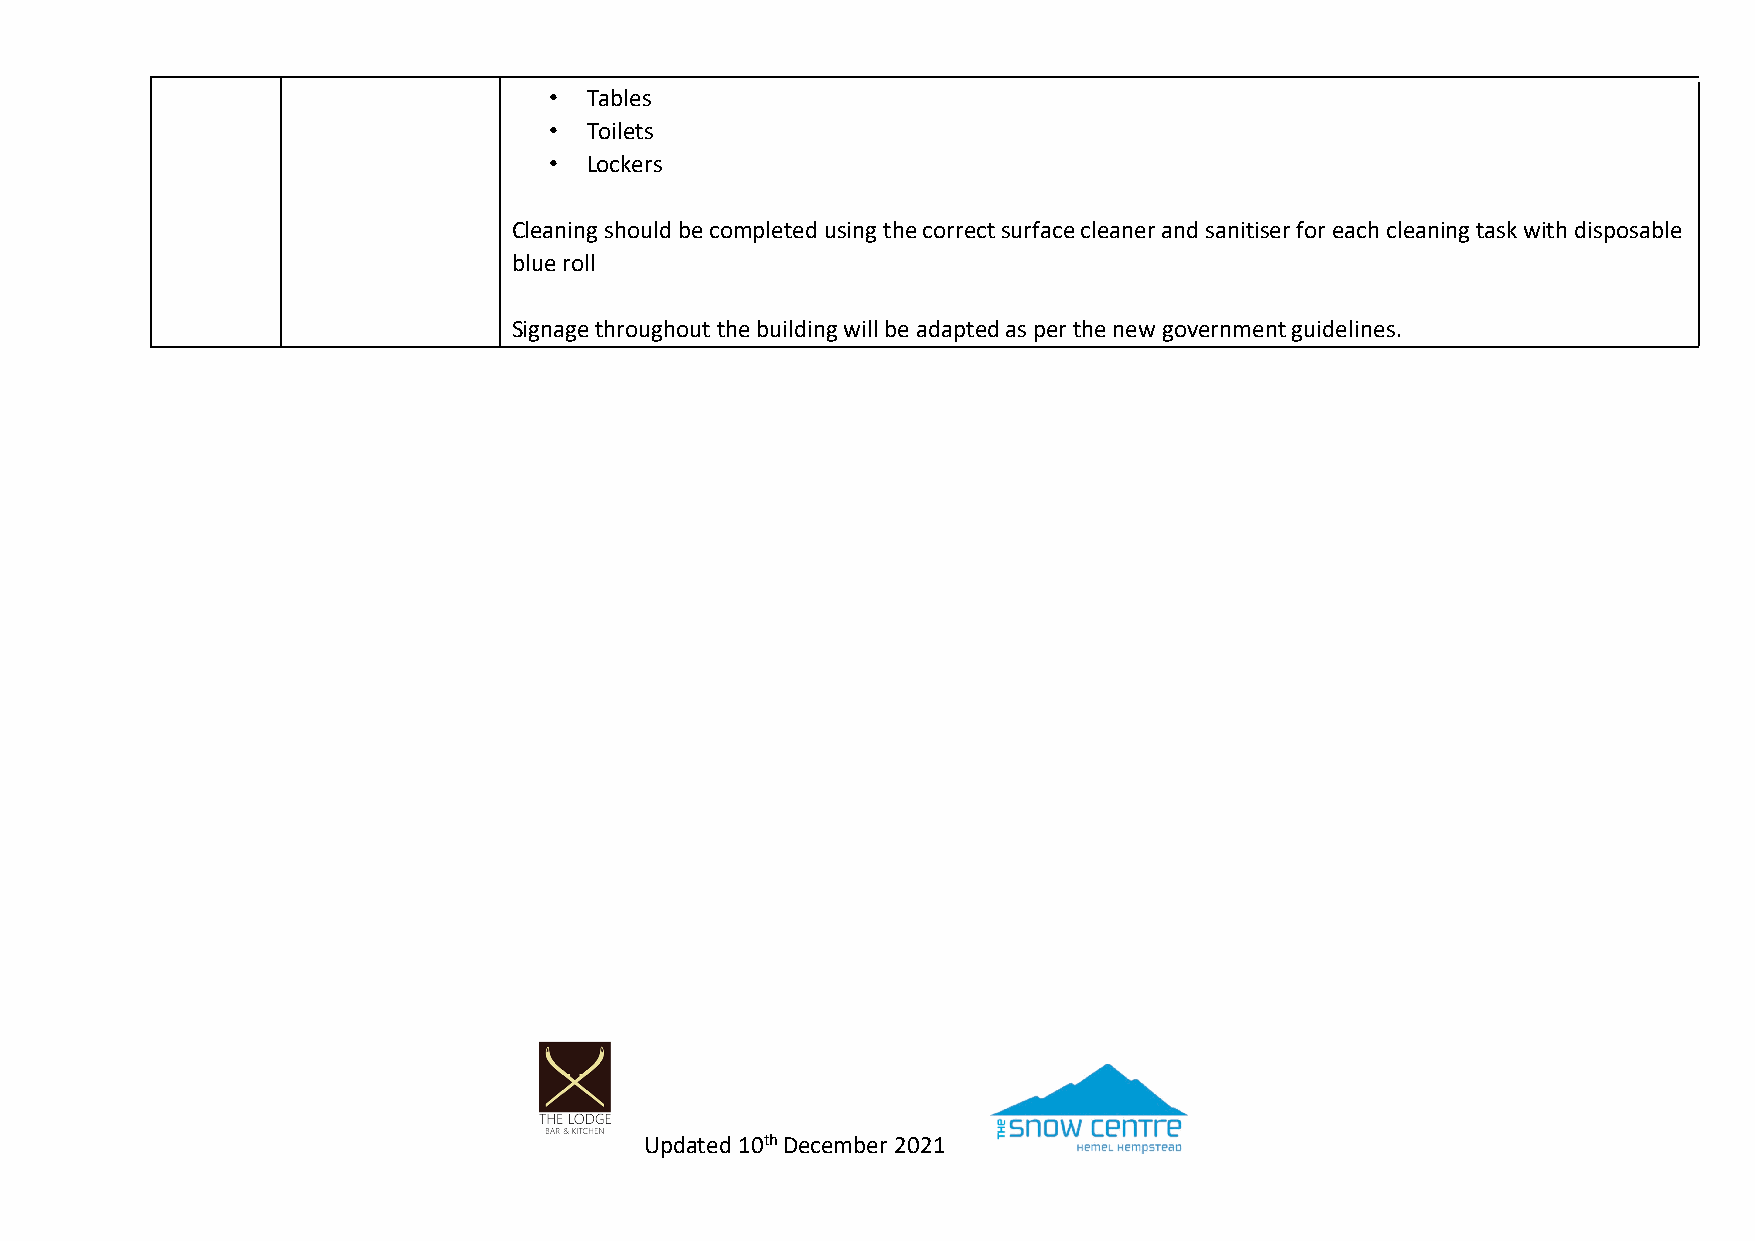
•  Tables
 •  Toilets
 •  Lockers
 Cleaning should be completed using the correct surface cleaner and sanitiser for each cleaning task with disposable
 blue roll
 Signage throughout the building will be adapted as per the new government guidelines.
 Updated 10th December 2021